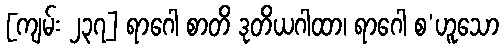
[ကျမ်း ၂၃၇] ရာဂေါ စာတိ ဒုတိယဂါထာ၊ ရာဂေါ စ’ဟူသော